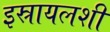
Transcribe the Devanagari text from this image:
इस्रायलशी